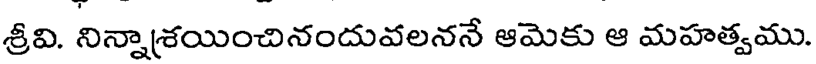
శ్రీవి. నిన్నాశయించినందువలననే ఆమెకు ఆ మహత్వము.